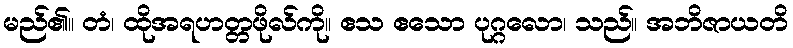
မည်၏။ တံ၊ ထိုအရဟတ္တဖိုလ်ကို။ ဧသ ဧသော ပုဂ္ဂလော၊ သည်။ အဘိဇာယတိ